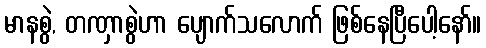
မာနစွဲ, တဏှာစွဲဟာ ပျောက်သလောက် ဖြစ်နေပြီပေါ့နော်။